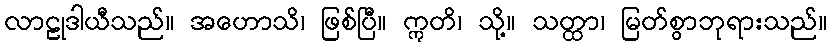
လာဠုဒါယီသည်။ အဟောသိ၊ ဖြစ်ပြီ။ ဣတိ၊ သို့။ သတ္ထာ၊ မြတ်စွာဘုရားသည်။